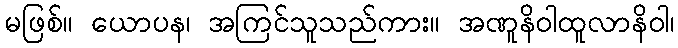
မဖြစ်။ ယောပန၊ အကြင်သူသည်ကား။ အဏူနိဝါထူလာနိဝါ၊